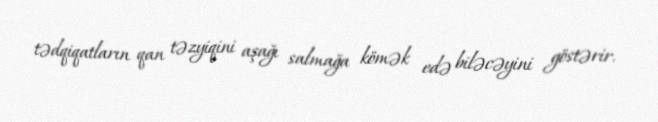
tədqiqatların qan təzyiqini aşağı salmağa kömək edə biləcəyini göstərir.